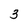
Character: 3